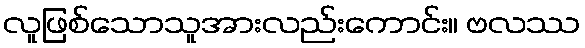
လူဖြစ်သောသူအားလည်းကောင်း။ ဗလဿ